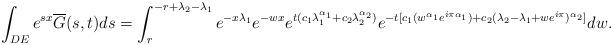
LaTeX: \begin{align*}\int_{DE}e^{sx}\overline{G}(s,t)ds=\int_{r}^{-r+\lambda_2-\lambda_1}e^{-x\lambda_1}e^{-wx} e^{t(c_1\lambda_1^{\alpha_1}+c_2\lambda_2^{\alpha_2})}e^{-t[c_1(w^{\alpha_1}e^{i\pi \alpha_1})+c_2(\lambda_2-\lambda_1+we^{i\pi})^{\alpha_2}]}dw.\end{align*}